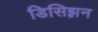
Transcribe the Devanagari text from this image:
डिसिझ़न